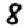
Digit: 8